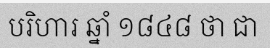
បរិហារ ឆ្នាំ ១៨៤៨ ថា ជា